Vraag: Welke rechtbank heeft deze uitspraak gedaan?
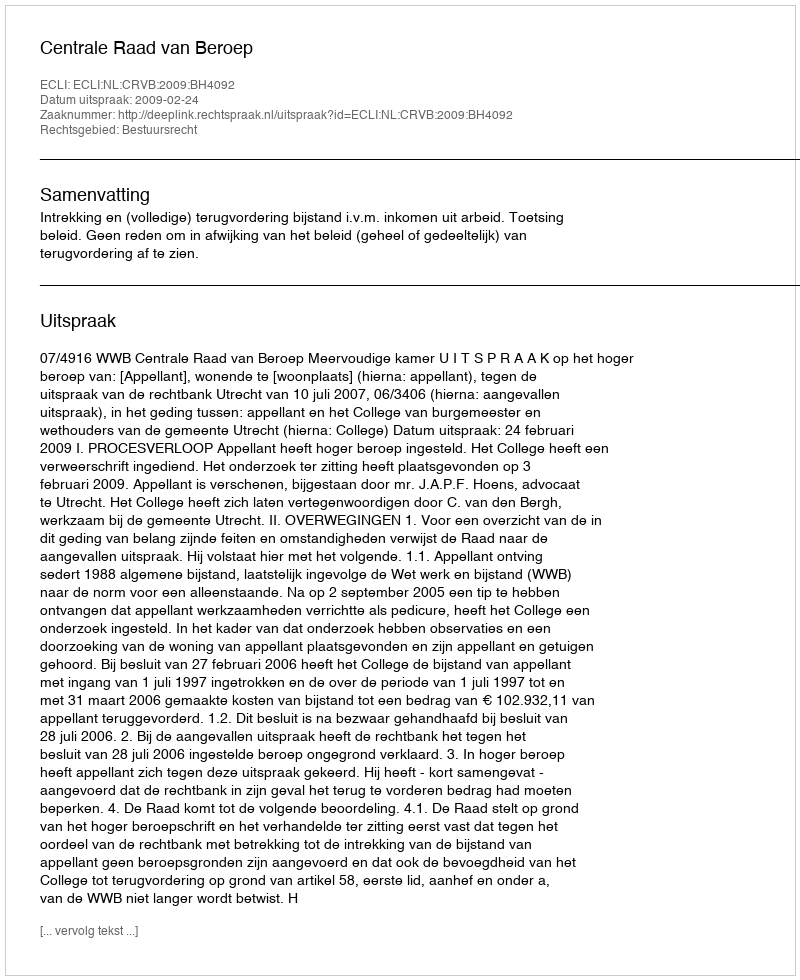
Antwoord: Centrale Raad van Beroep